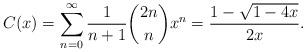
LaTeX: \begin{align*} C(x) = \sum_{n=0}^\infty \frac{1}{n+1} \binom{2n}{n} x^n = \frac{1-\sqrt{1-4x}}{2x}. \end{align*}